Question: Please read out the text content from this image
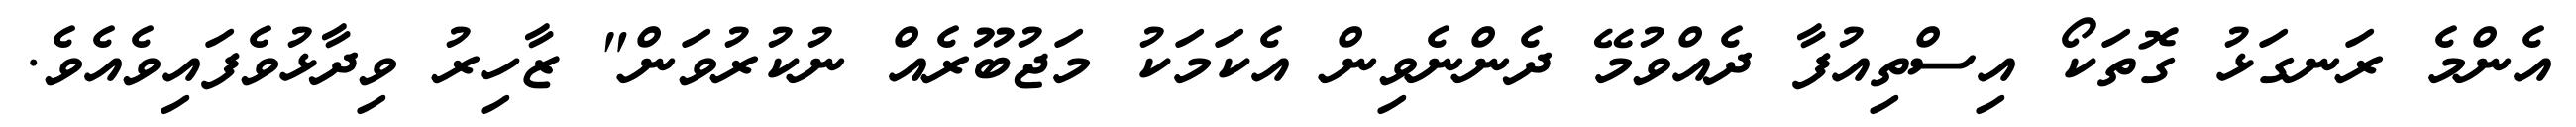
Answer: އެންމެ ރަނގަޅު ގޮތަކޯ އިސްތިއުފާ ދެއްވުމޭ ދެންނެވިން އެކަމަކު މަޖުބޫރެއް ނުކުރުވަން" ޒާހިރު ވިދާޅުވެފައިވެއެވެ.